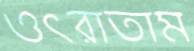
ওৎরাতাম